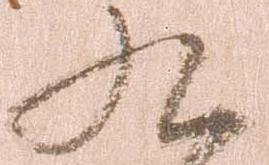
九